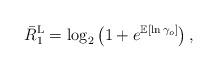
LaTeX: \begin{align*}{{\bar{R}}_1^{\mathrm{L}}}& = {{\log }_2}\left( 1 + e^{\mathbb{E}\left[{\ln \gamma_o}\right]} \right),\end{align*}